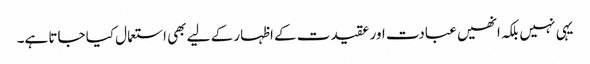
یہی نہیں بلکہ انھیں عبادت اور عقیدت کے اظہار کے لیے بھی استعمال کیا جاتا ہے۔